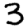
Digit: 3